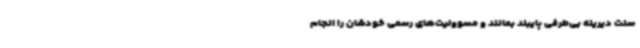
سنت دیرینه بی‌طرفی پایبند بمانند و مسوولیت‌های رسمی خودشان را انجام